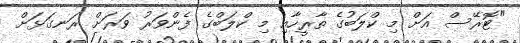
"ޓޮރޭސް އަށް މި ކްލަބުގެ ތާރީހާއި މި ކްލަބްގެ ފެންވަރު ވަރަށް ރަނގަޅަށް